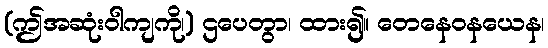
(ဤအဆုံးဝါကျကို၊) ဌပေတွာ၊ ထား၍။ တေနေဝနယေန၊